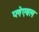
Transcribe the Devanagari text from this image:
प्लेएबल